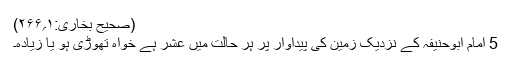
(صحیح بخاری:۱؍۲۶۶)
5 امام ابوحنیفہؒ کے نزدیک زمین کی پیداوار پر ہر حالت میں عشر ہے خواہ تھوڑی ہو یا زیادہ۔